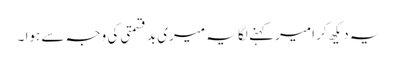
یہ دیکھ کر امیر کہنے لگا یہ میری بد قسمتی کی وجہ سے ہوا ۔